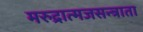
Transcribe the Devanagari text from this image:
मरुद्रात्मजसन्त्राता